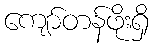
ကျော်တန်ဖိုးရှိ